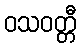
ဝသဝတ္တီ